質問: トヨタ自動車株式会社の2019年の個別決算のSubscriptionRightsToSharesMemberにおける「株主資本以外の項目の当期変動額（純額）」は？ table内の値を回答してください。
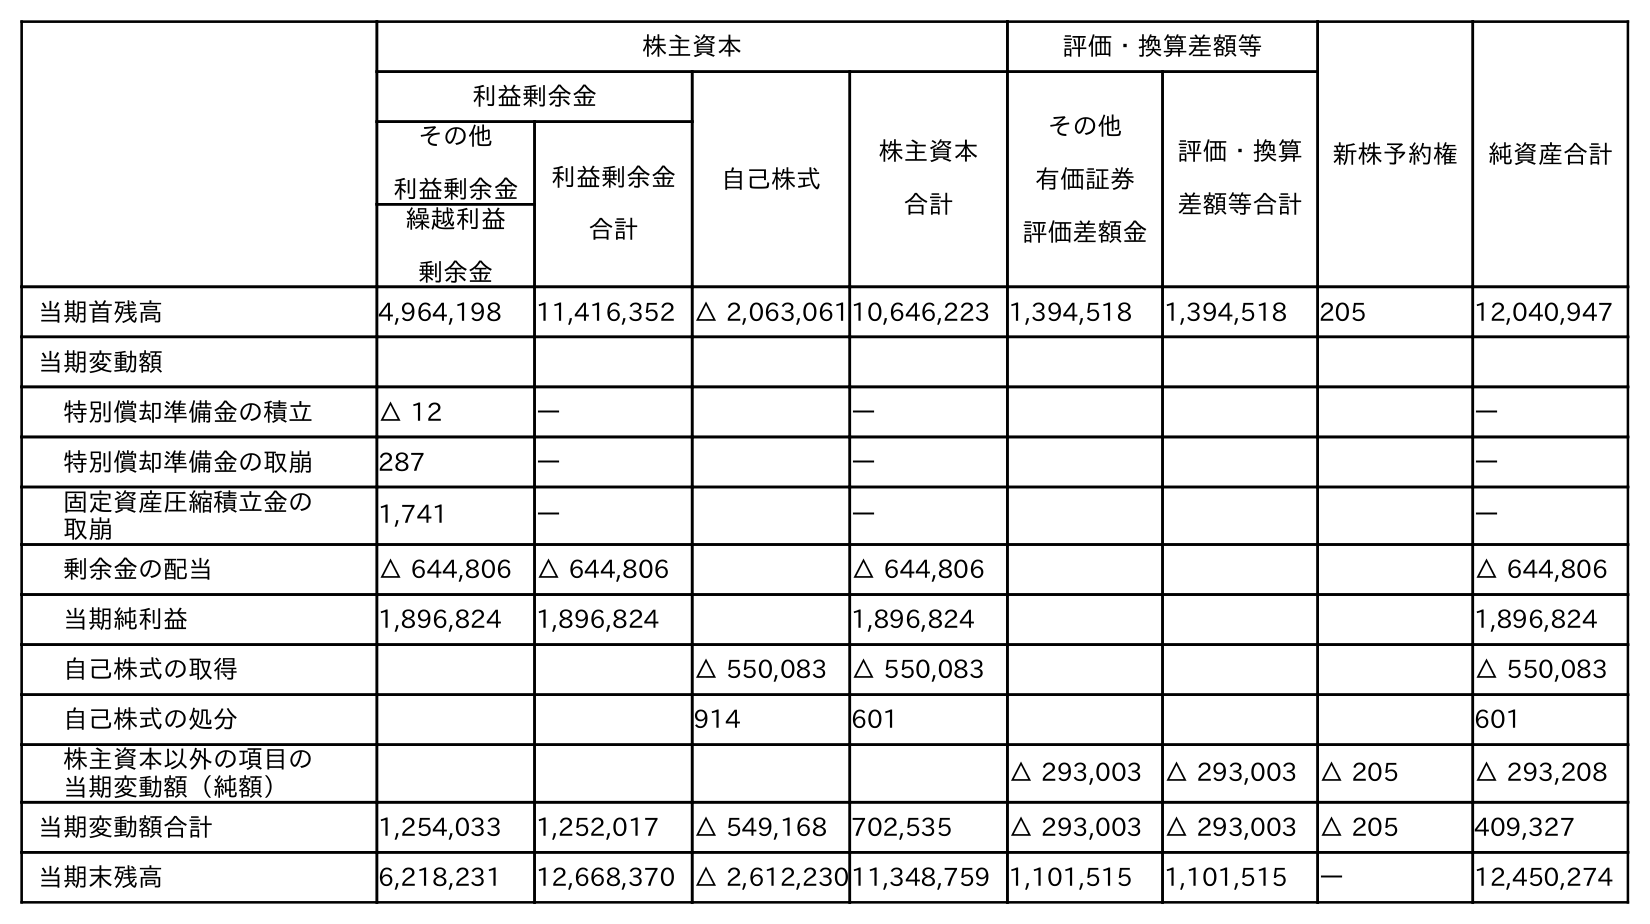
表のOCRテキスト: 株主資本 評価・換算差額等 新株予約権 純資産合計 利益剰余金 自己株式 株主資本 合計 その他 有価証券 評価差額金 評価・換算 差額等合計 その他 利益剰余金 利益剰余金 合計 繰越利益 剰余金 当期首残高 4,964,198 11,416,352 △ 2,063,06110,646,223 1,394,518 1,394,518 205 12,040,947 当期変動額 特別償却準備金の積立 △ 12 ― ― ― 特別償却準備金の取崩 287 ― ― ― 固定資産圧縮積立金の 取崩 1,741 ― ― ― 剰余金の配当 △ 644,806 △ 644,806 △ 644,806 △ 644,806 当期純利益 1,896,824 1,896,824 1,896,824 1,896,824 自己株式の取得 △ 550,083 △ 550,083 △ 550,083 自己株式の処分 914 601 601 株主資本以外の項目の 当期変動額（純額） △ 293,003 △ 293,003 △ 205 △ 293,208 当期変動額合計 1,254,033 1,252,017 △ 549,168 702,535 △ 293,003 △ 293,003 △ 205 409,327 当期末残高 6,218,231 12,668,370 △ 2,612,23011,348,759 1,101,515 1,101,515 ― 12,450,274
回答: △205